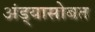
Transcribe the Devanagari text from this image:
अंड्यासोबत